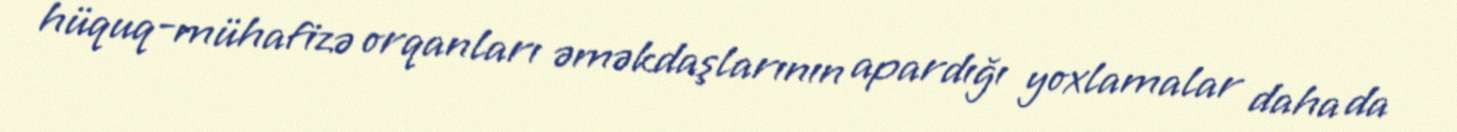
hüquq-mühafizə orqanları əməkdaşlarının apardığı yoxlamalar daha da